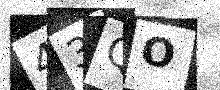
Text: 43QO